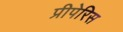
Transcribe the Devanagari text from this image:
प्रीपेरिस